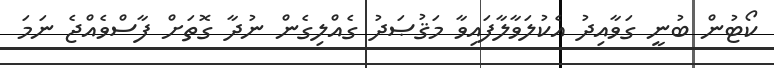
ކޯޓުން ބުނީ ގަވާއިދު އެކުލަވާލާފައިވާ މަޤުޞަދު ގެއްލިގެން ނުދާ ގޮތަށް ފާސްވެއްޖެ ނަމަ